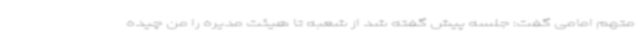
متهم امامی گفت: جلسه پیش گفته شد از شعبه تا هیئت مدیره را من چیده